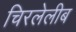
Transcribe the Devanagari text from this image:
चिरलेलीब